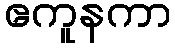
ဧကူနကာ